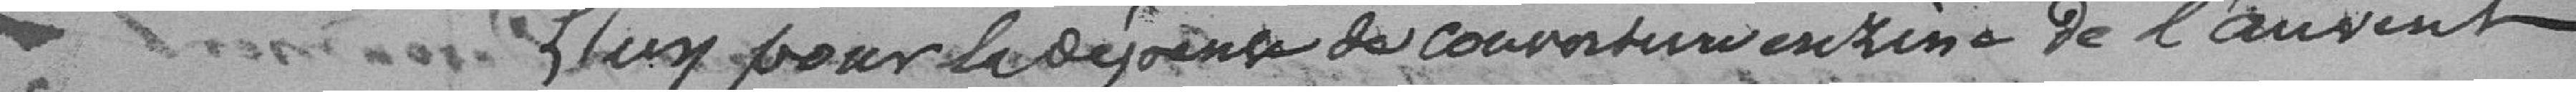
L'un pour la dépense de couverture exzin de l'auvent